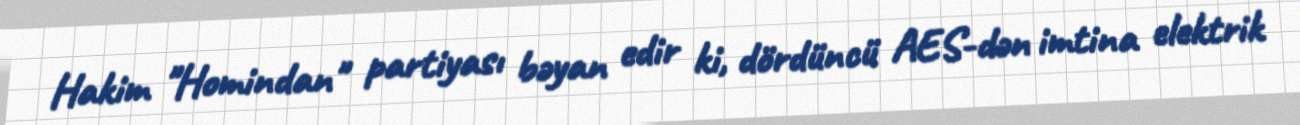
Hakim "Homindan" partiyası bəyan edir ki, dördüncü AES-dən imtina elektrik